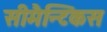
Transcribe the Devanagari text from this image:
सीमैन्टिकस